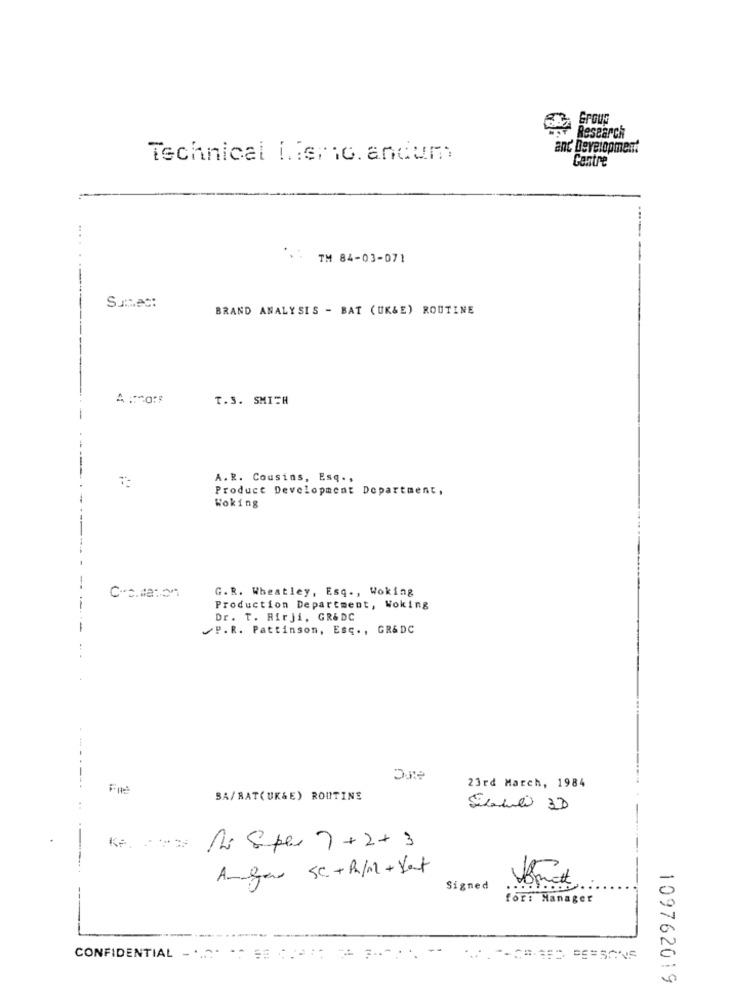
Grous
Research
and Development
Technical i .: eric. andum
Centre
TM 84-03-071
Sumec:
BRAND ANALYSIS - BAT (UK&E) ROUTINE
T.S. SMITH
A.R. Cousins, Esq .,
Product Development Department,
Woking
G.R. Wheatley, Esq ., Woking
C-c.maton
Production Department, Woking
Dr. T. Hirji, GR&DC
P.R. Pattinson, Esc ., GR&DC
23rd March, 1984
SA/BAT(UK&E) ROUTINE
Ke.
Ri Sper 7+2+3
Anger SC +R/M + Yet
Brett
Signed
for: Manager
CONFIDENTIAL -.... == == == ==
109762019